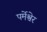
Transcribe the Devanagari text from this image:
पर्मेश्वेर